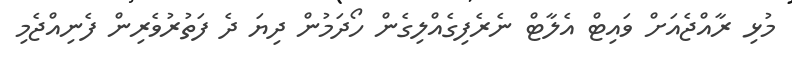
މުޅި ރާއްޖެއަށް ވައިޓް އެލާޓް ނެރެފިގެއްލިގެން ހޯދަމުން ދިޔަ ދެ ފަތުރުވެރިން ފެނިއްޖެމި